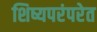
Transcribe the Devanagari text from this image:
शिष्यपरंपरेत